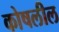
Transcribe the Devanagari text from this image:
कोषलील